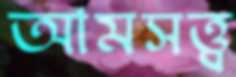
আমসত্ত্ব